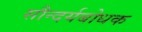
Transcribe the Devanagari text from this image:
सौन्दर्यबोधक